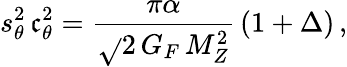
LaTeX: s_{\theta}^{2}\, \mathfrak{c}_{\theta}^{2}=\frac{{\pi\alpha}}{{\sqrt{}{{2}}\, G_{F}\, M_{Z}^{2}}}\, \left(1+\Delta\right)\, ,